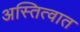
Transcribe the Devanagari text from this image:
अस्तित्‍वात